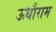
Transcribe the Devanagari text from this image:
ऊधौराम